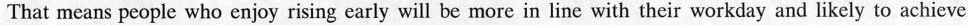
That means people who enjoy rising early will be more in line with their workday and likely to achieve